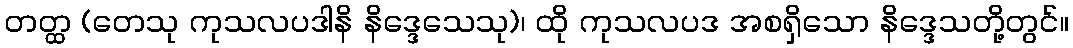
တတ္ထ (တေသု ကုသလပဒါနိ နိဒ္ဒေသေသု)၊ ထို ကုသလပဒ အစရှိသော နိဒ္ဒေသတို့တွင်။